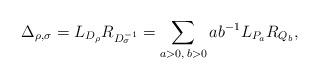
LaTeX: \begin{align*}\Delta_{\rho,\sigma}=L_{D_\rho}R_{D_\sigma^{-1}}=\sum_{a>0,\,b>0}ab^{-1}L_{P_a}R_{Q_b},\end{align*}